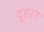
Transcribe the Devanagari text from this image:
दूहरा